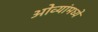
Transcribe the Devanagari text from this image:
ओव्यांमध्ये